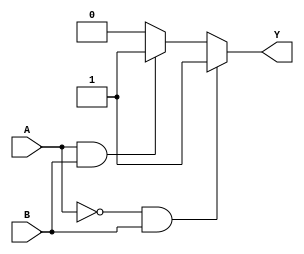
module combinational_logic (
    input wire A,      // Specify the first input
    input wire B,      // Specify the second input
    output wire Y      // Output of the combinational logic
);

// Combinational logic implementation using the specified conditions
assign Y = (A == 1'b0 && B == 1'b1) ? 1'b1 : // Output 1 for (0,1)
           (A == 1'b1 && B == 1'b1) ? 1'b1 : // Output 1 for (1,1)
           1'b0; // Output 0 for (0,0) and (1,0) (Don't care condition can be optimized)

endmodule